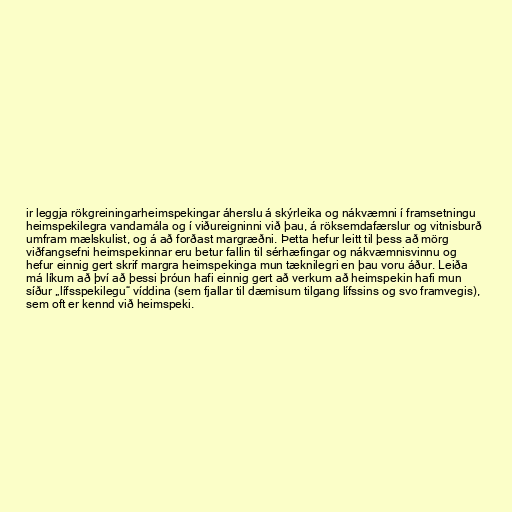
ir leggja rökgreiningarheimspekingar áherslu á skýrleika og nákvæmni í framsetningu
heimspekilegra vandamála og í viðureigninni við þau, á röksemdafærslur og vitnisburð
umfram mælskulist, og á að forðast margræðni. Þetta hefur leitt til þess að mörg
viðfangsefni heimspekinnar eru betur fallin til sérhæfingar og nákvæmnisvinnu og
hefur einnig gert skrif margra heimspekinga mun tæknilegri en þau voru áður. Leiða
má líkum að því að þessi þróun hafi einnig gert að verkum að heimspekin hafi mun
síður „lífsspekilegu“ víddina (sem fjallar til dæmisum tilgang lífssins og svo framvegis),
sem oft er kennd við heimspeki.